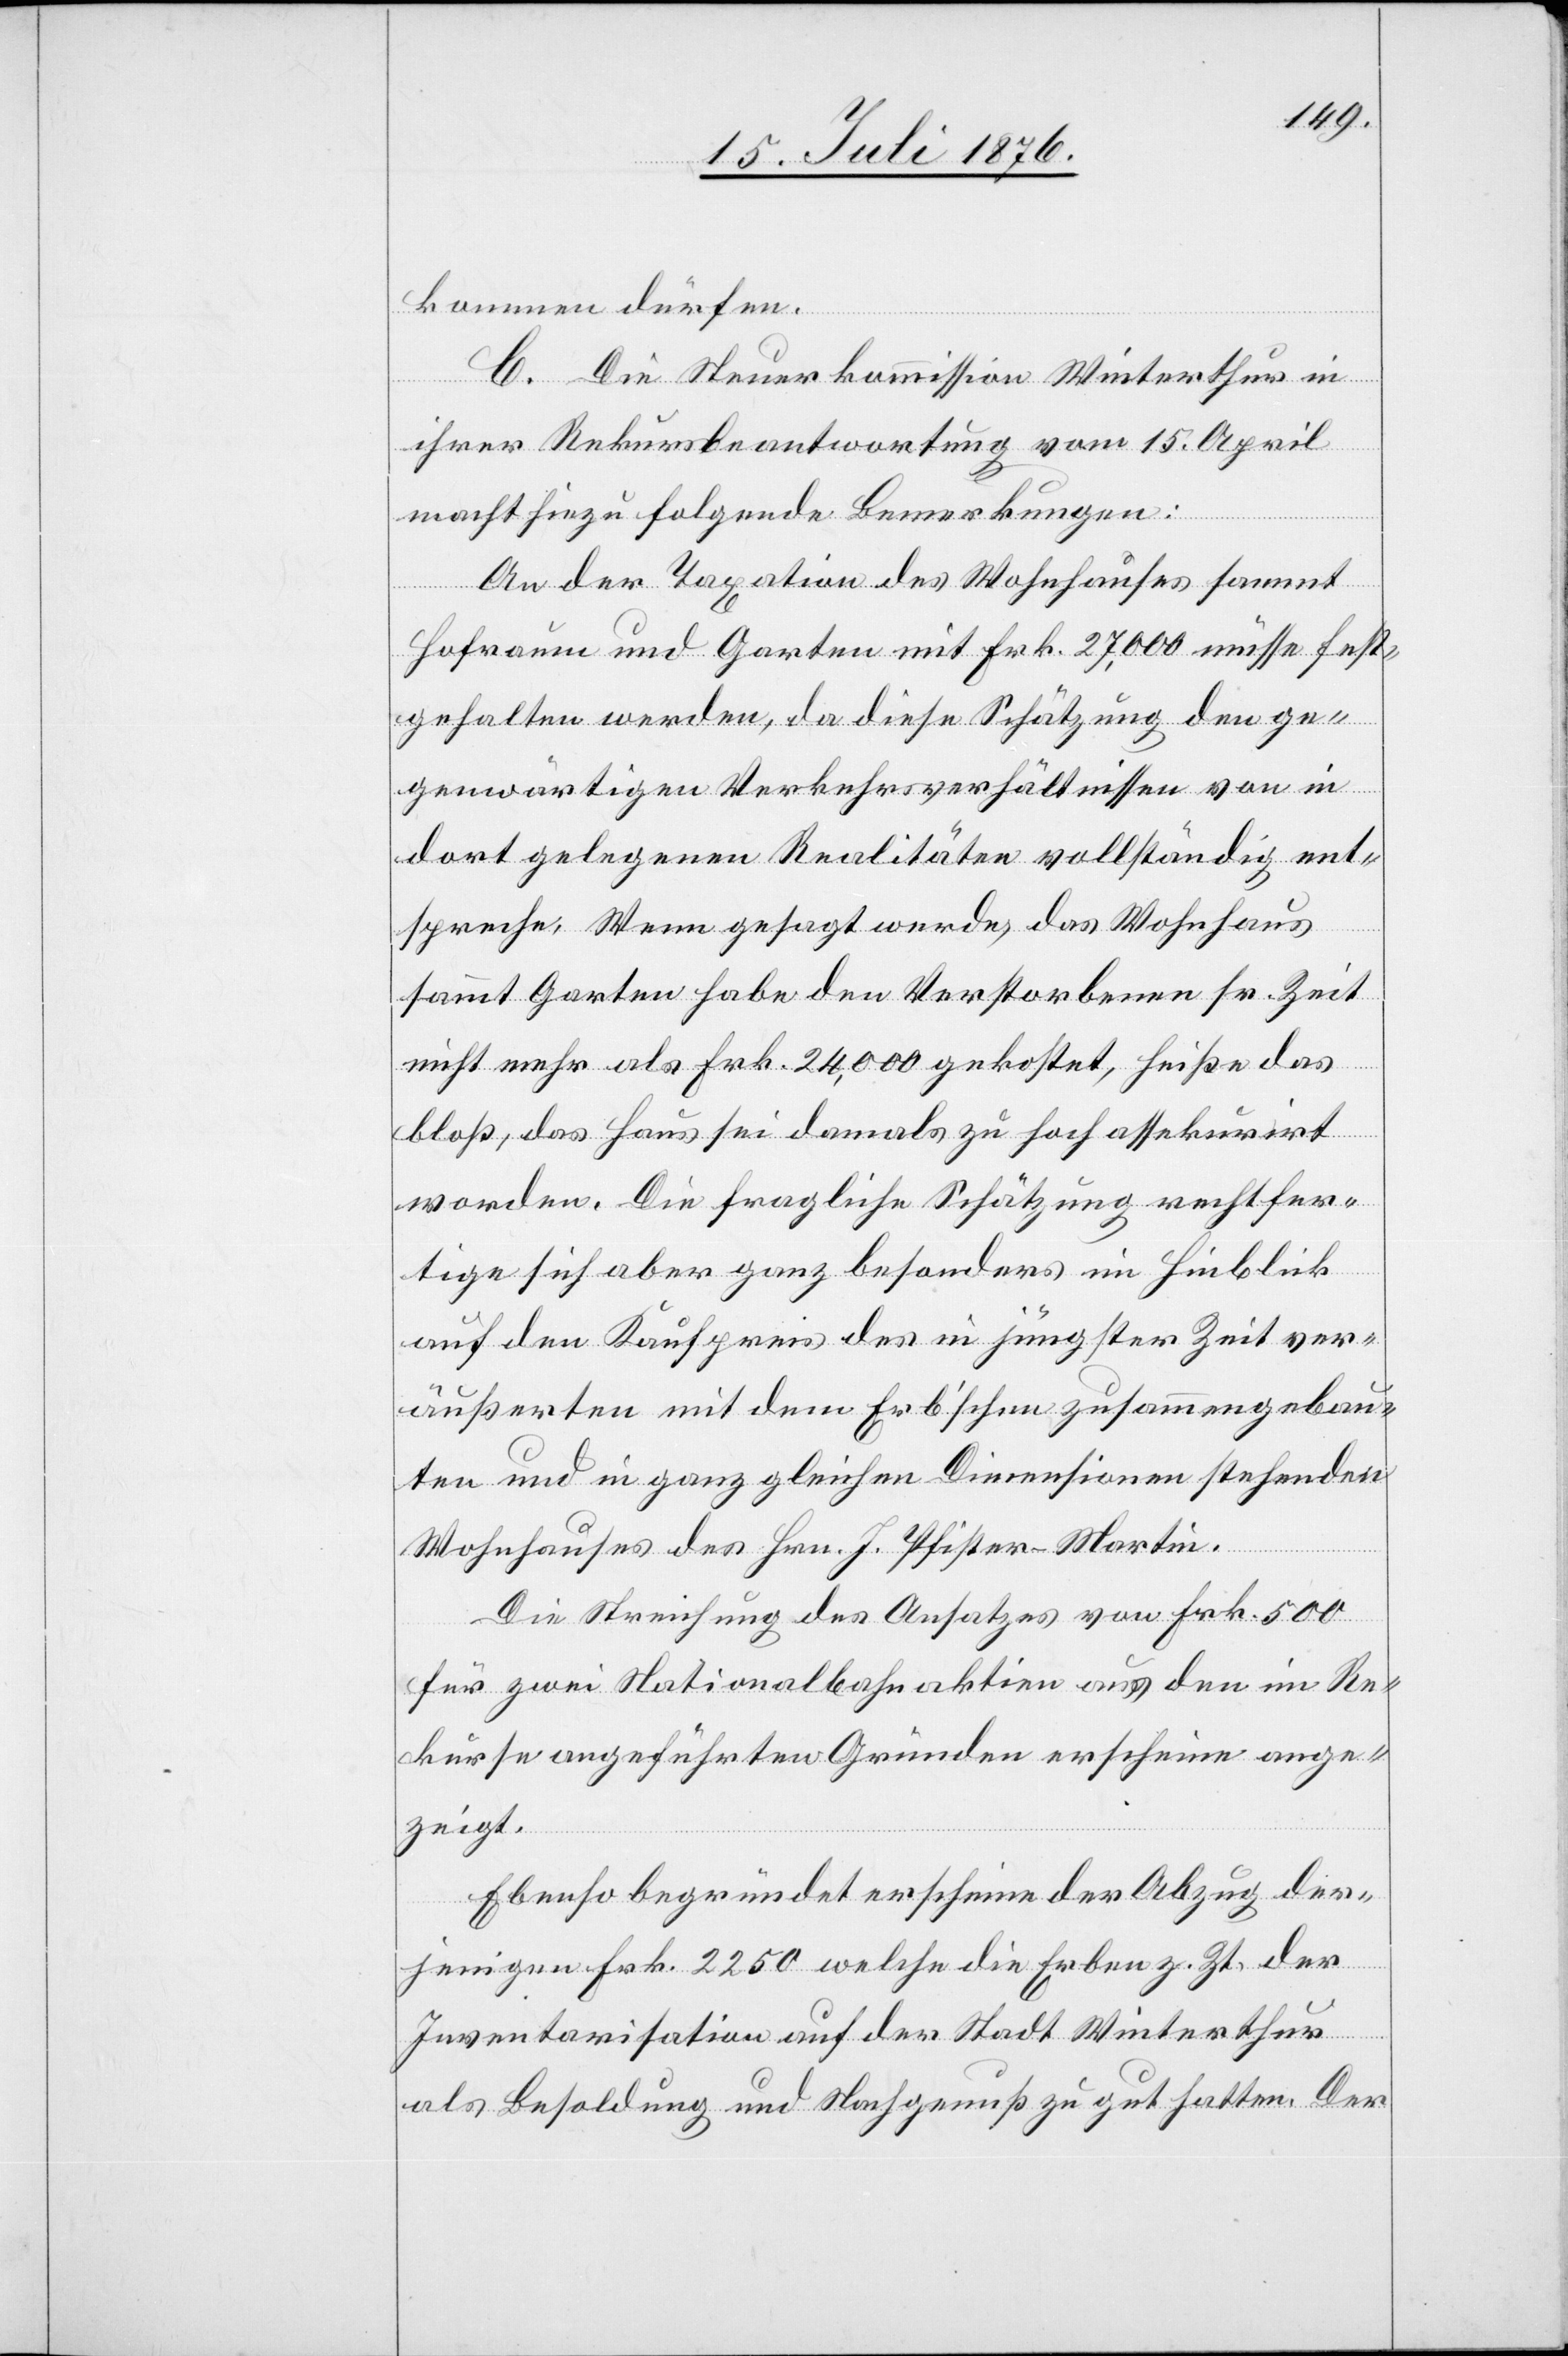
kommen dürfen.
C. Die Steuerkommission Winterthur in
ihrer Rekursbeantwortung vom 15. April
mach hiezu folgende Bemerkungen:
An der Taxation des Wohnhauses sammt
Hofraum und Garten mit Frk. 27,000 müsse fest¬
gehalten werden, da diese Schätzung den ge¬
genwärtigen Verkehrsverhältnissen von in
dort gelegenen Realitäten vollständig ent¬
spreche. Wenn gesagt werde, das Wohnhaus
sammt Garten habe den Verstorbenen sr. Zeit
nicht mehr als Frk. 24,000 gekostet, heiße das
bloß, das Haus sei damals zu hoch assekurirt
worden. Die fragliche Schätzung rechtfer¬
tige sich aber ganz besonders im Hinblick
auf den Kaufpreis des in jüngster Zeit ver¬
äußerten mit dem Erb’schen zusammengebau¬
ten und in ganz gleichen Dimensionen stehenden
Wohnhauses des Hrn. J. Pfister-Martin.
Die Streichung des Ansatzes von Frk. 500
für zwei Nationalbahnaktien aus den im Re¬
kurse angeführten Gründen erscheine ange¬
zeigt.
Ebenso begründet erschiene der Abzug der¬
jenigen Frk. 2250 welche die Erben z. Zt. der
Inventarisation auf der Stadt Winterthur
als Besoldung und Nachgenuß zu gut hatten. Der